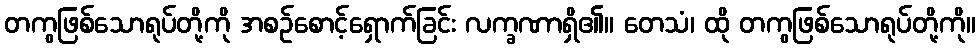
တကွဖြစ်သောရုပ်တို့ကို အစဉ်စောင့်ရှောက်ခြင်း လက္ခဏာရှိ၏။ တေသံ၊ ထို တကွဖြစ်သောရုပ်တို့ကို။